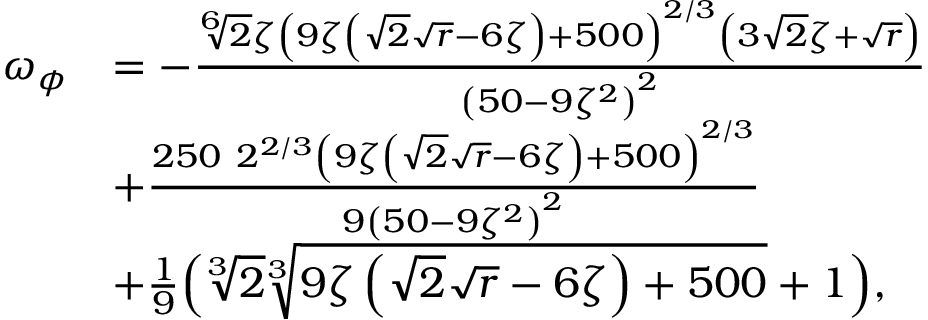
\begin{array} { r l } { \omega _ { \phi } } & { = - \frac { \sqrt [ 6 ] { 2 } \zeta \left( 9 \zeta \left( \sqrt { 2 } \sqrt { r } - 6 \zeta \right) + 5 0 0 \right) ^ { 2 / 3 } \left( 3 \sqrt { 2 } \zeta + \sqrt { r } \right) } { \left( 5 0 - 9 \zeta ^ { 2 } \right) ^ { 2 } } } \\ & { + \frac { 2 5 0 \ 2 ^ { 2 / 3 } \left( 9 \zeta \left( \sqrt { 2 } \sqrt { r } - 6 \zeta \right) + 5 0 0 \right) ^ { 2 / 3 } } { 9 \left( 5 0 - 9 \zeta ^ { 2 } \right) ^ { 2 } } } \\ & { + \frac { 1 } { 9 } \Big ( \sqrt [ 3 ] { 2 } \sqrt [ 3 ] { 9 \zeta \left( \sqrt { 2 } \sqrt { r } - 6 \zeta \right) + 5 0 0 } + 1 \Big ) , } \end{array}